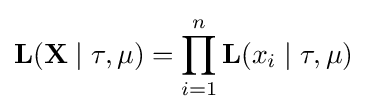
\mathbf {L} (\mathbf {X} \mid \tau ,\mu )=\prod _{i=1}^{n}\mathbf {L} (x_{i}\mid \tau ,\mu )